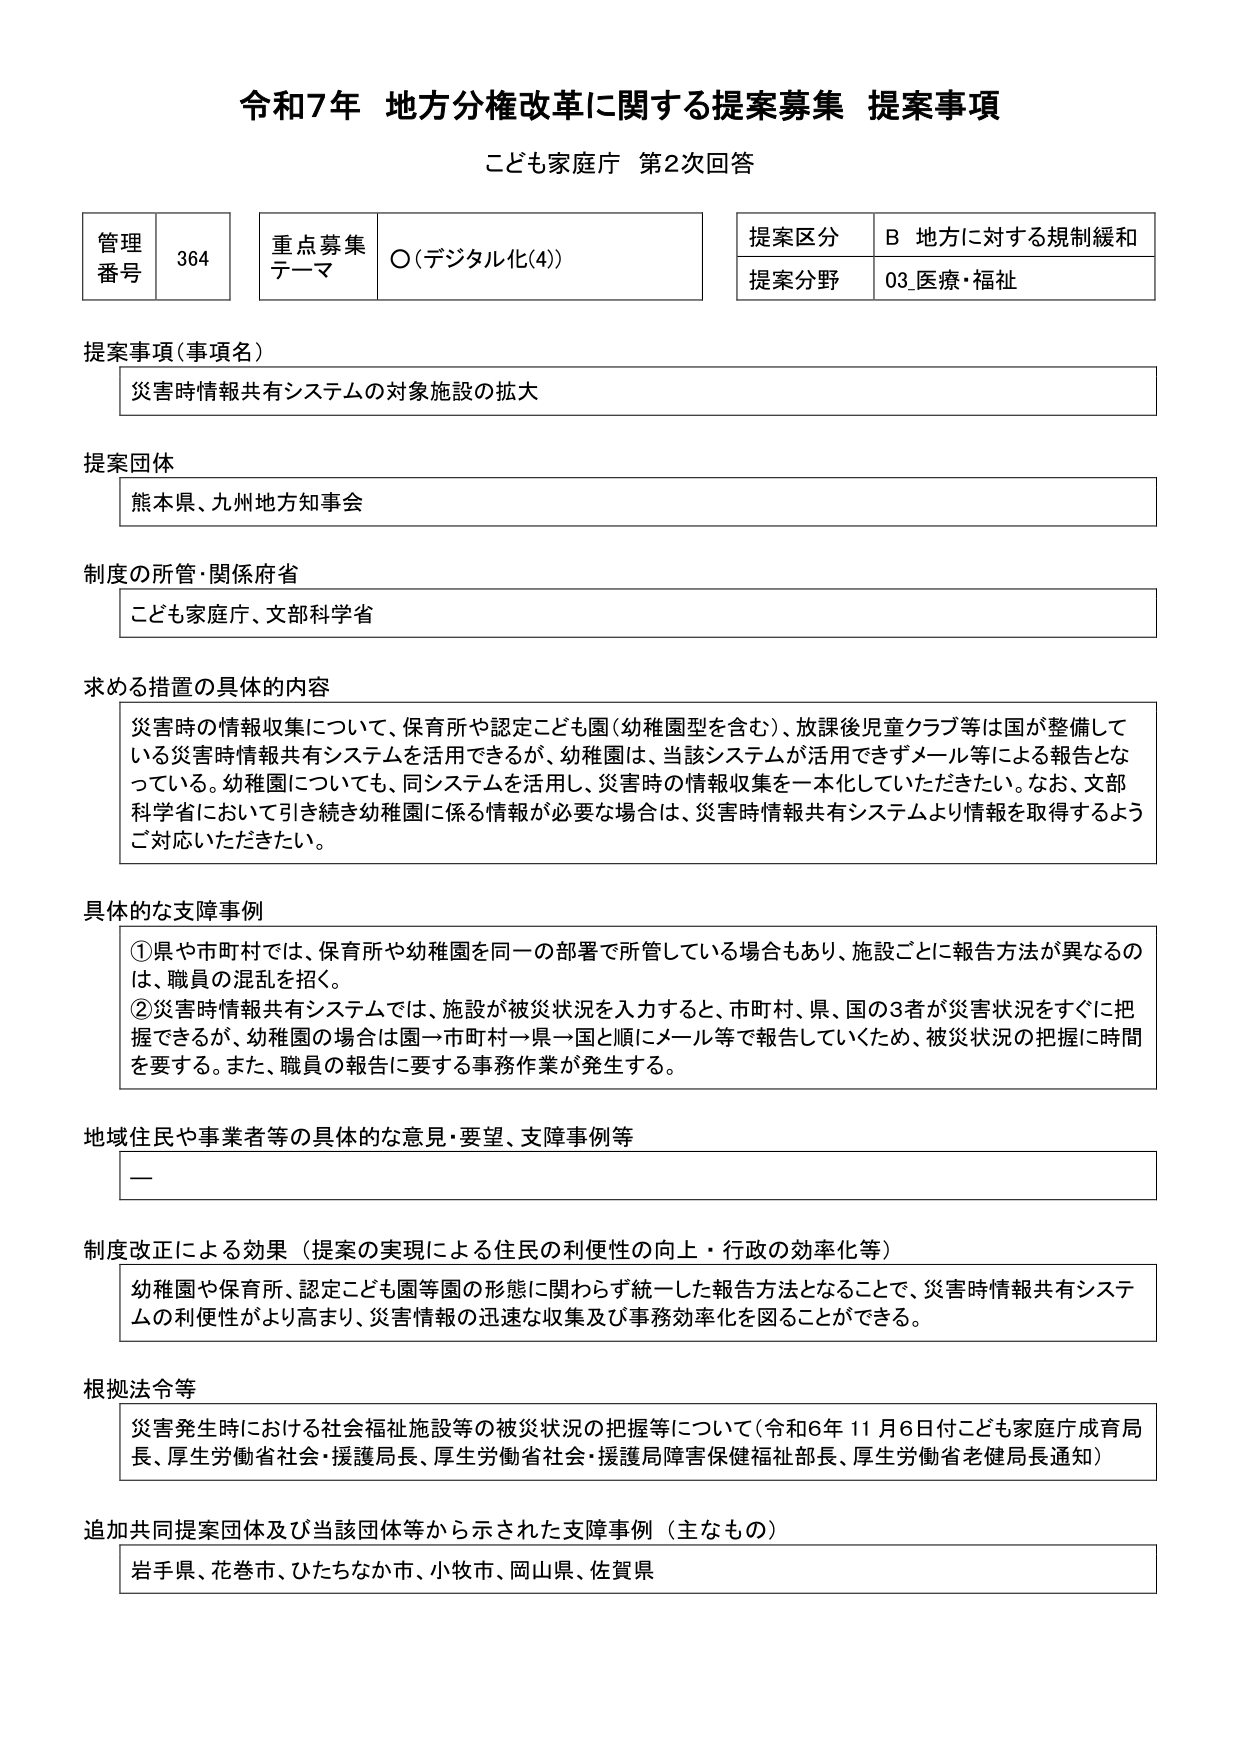
令和7年 地方分権改革に関する提案募集 提案事項
こども家庭庁 第2次回答

管理番号 364
重点募集テーマ ○（デジタル化(4)）
提案区分 B 地方に対する規制緩和
提案分野 03_医療・福祉

提案事項（事項名）
災害時情報共有システムの対象施設の拡大

提案団体
熊本県、九州地方知事会

制度の所管・関係府省
こども家庭庁、文部科学省

求める措置の具体的内容
災害時の情報収集について、保育所や認定こども園（幼稚園型を含む）、放課後児童クラブ等は国が整備している災害時情報共有システムを活用できるが、幼稚園は、当該システムが活用できずメール等による報告となっている。幼稚園についても、同システムを活用し、災害時の情報収集を一本化していただきたい。なお、文部科学省において引き続き幼稚園に係る情報が必要な場合は、災害時情報共有システムより情報を取得するようご対応いただきたい。

具体的な支障事例
①県や市町村では、保育所や幼稚園を同一の部署で所管している場合もあり、施設ごとに報告方法が異なるのは、職員の混乱を招く。
②災害時情報共有システムでは、施設が被災状況を入力すると、市町村、県、国の3者が災害状況をすぐに把握できるが、幼稚園の場合は園→市町村→県→国と順にメール等で報告していくため、被災状況の把握に時間を要する。また、職員の報告に要する事務作業が発生する。

地域住民や事業者等の具体的な意見・要望、支障事例等
ー

制度改正による効果（提案の実現による住民の利便性の向上・行政の効率化等）
幼稚園や保育所、認定こども園等園の形態に関わらず統一した報告方法となることで、災害時情報共有システムの利便性がより高まり、災害情報の迅速な収集及び事務効率化を図ることができる。

根拠法令等
災害発生時における社会福祉施設等の被災状況の把握等について（令和6年11月6日付こども家庭庁成育局長、厚生労働省社会・援護局長、厚生労働省社会・援護局障害保健福祉部長、厚生労働省老健局長通知）

追加共同提案団体及び当該団体等から示された支障事例（主なもの）
岩手県、花巻市、ひたちなか市、小牧市、岡山県、佐賀県